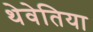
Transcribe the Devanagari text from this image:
थेवेतिया